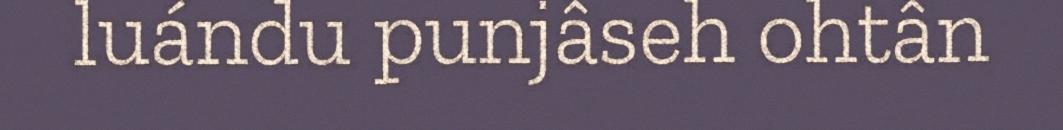
luándu punjâseh ohtân